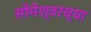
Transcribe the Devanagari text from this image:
सोमेश्वरच्या